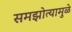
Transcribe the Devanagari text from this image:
समझोत्यामुळे